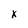
Character: x